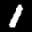
Label: 1